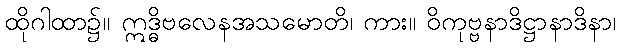
ထိုဂါထာ၌။ ဣဒ္ဓိဗလေနအသမောတိ၊ ကား။ ဝိကုဗ္ဗနာဒိဋ္ဌာနာဒိနာ၊